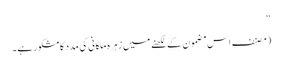
‘‘
(مصنف اس مضمون کے لکھنے میں زہرہ ملکانی کی مدد کا مشکور ہے۔